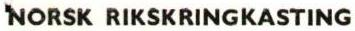
NORSK RIKSKRINGKASTING